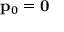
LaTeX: \mathbf { p } _ { 0 } = \mathbf { 0 }